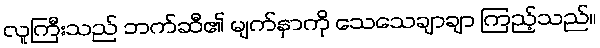
လူကြီးသည် ဘက်ဆီ၏ မျက်နှာကို သေသေချာချာ ကြည့်သည်။